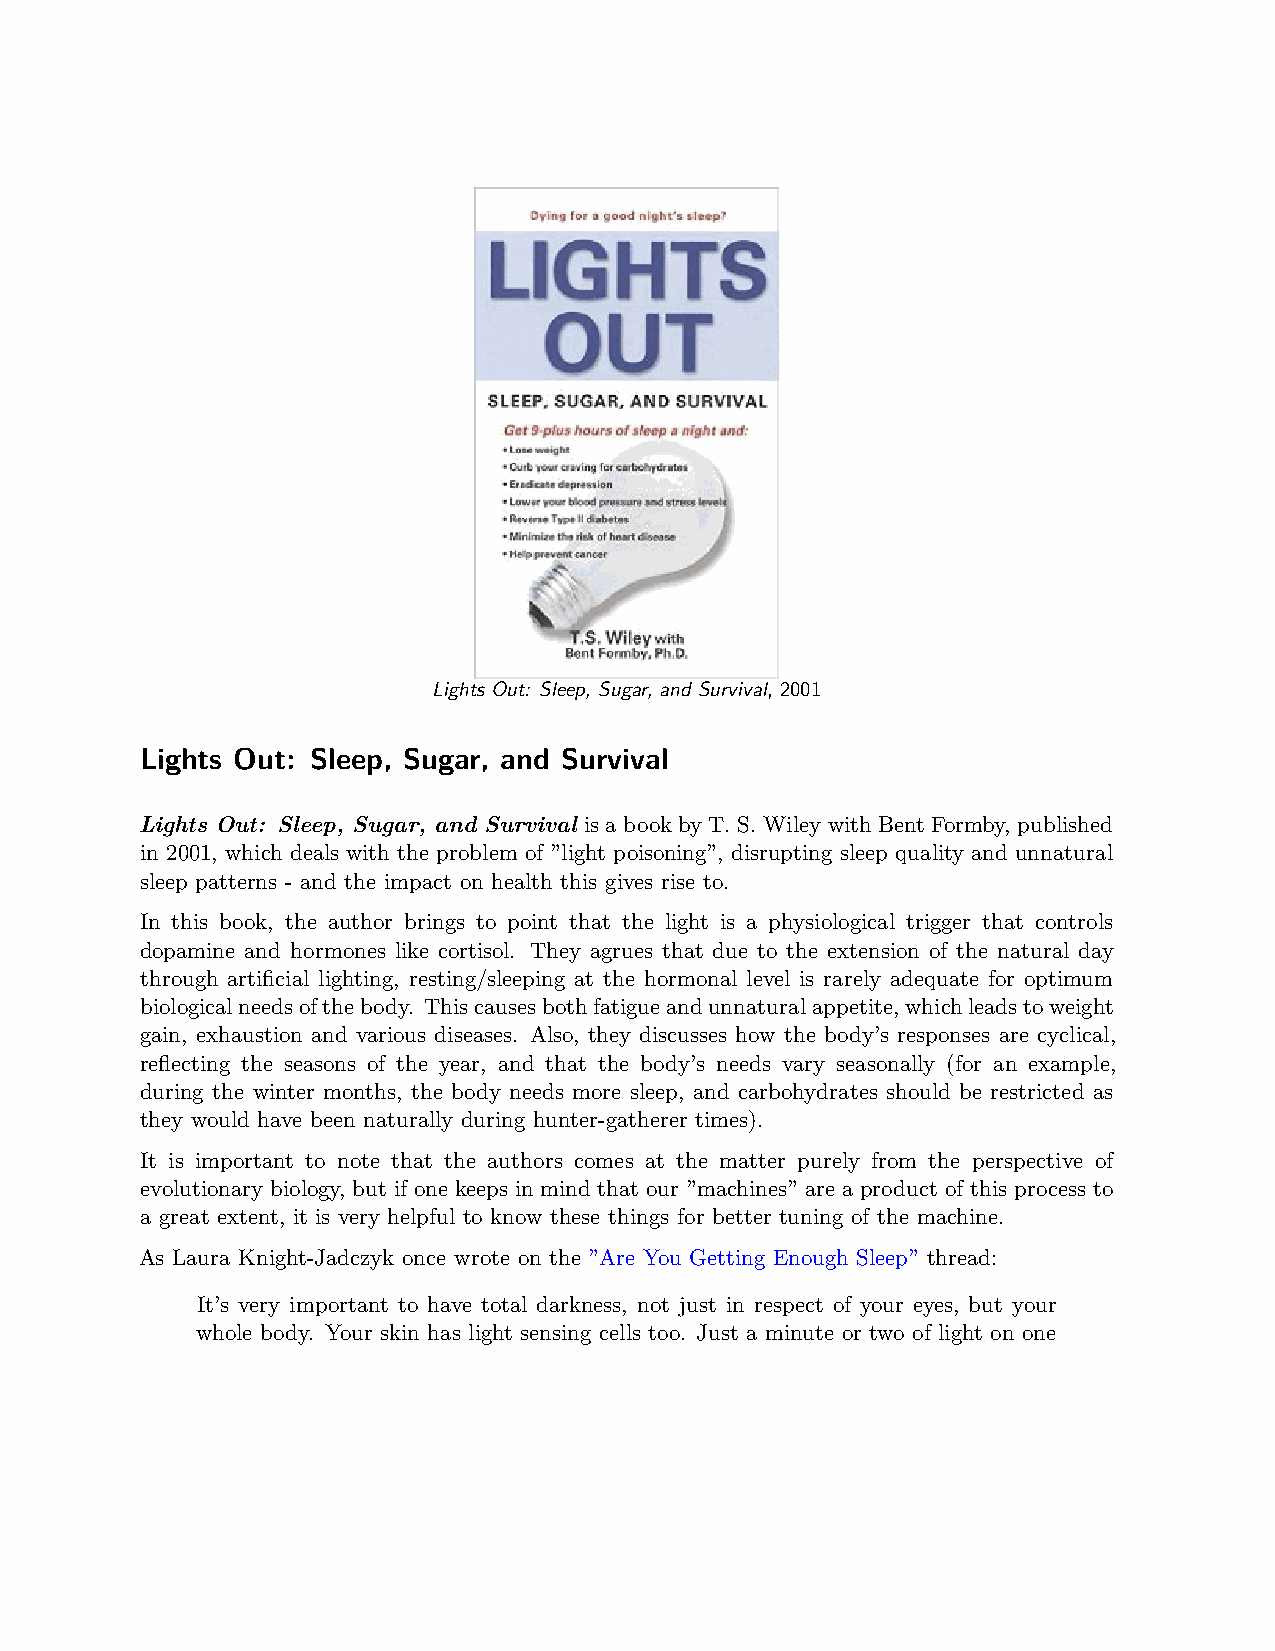
Lights Out: Sleep, Sugar, and Survival, 2001
 Lights Out: Sleep, Sugar, and Survival
 Lights Out: Sleep, Sugar, and Survival is a book by T. S. Wiley with Bent Formby, published
 in 2001, which deals with the problem of ”light poisoning”, disrupting sleep quality and unnatural
 sleep patterns - and the impact on health this gives rise to.
 In this book, the author brings to point that the light is a physiological trigger that controls
 dopamine and hormones like cortisol. They agrues that due to the extension of the natural day
 through artificial lighting, resting/sleeping at the hormonal level is rarely adequate for optimum
 biologicalneedsofthebody. Thiscausesbothfatigueandunnaturalappetite,whichleadstoweight
 gain, exhaustion and various diseases. Also, they discusses how the body’s responses are cyclical,
 reflecting the seasons of the year, and that the body’s needs vary seasonally (for an example,
 during the winter months, the body needs more sleep, and carbohydrates should be restricted as
 they would have been naturally during hunter-gatherer times).
 It is important to note that the authors comes at the matter purely from the perspective of
 evolutionary biology, but if one keeps in mind that our ”machines” are a product of this process to
 a great extent, it is very helpful to know these things for better tuning of the machine.
 As Laura Knight-Jadczyk once wrote on the ”Are You Getting Enough Sleep” thread:
 It’s very important to have total darkness, not just in respect of your eyes, but your
 whole body. Your skin has light sensing cells too. Just a minute or two of light on one